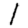
Digit: 1